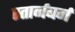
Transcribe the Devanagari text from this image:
स्तार्नबर्ग